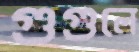
গুগুলে